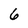
Character: 6